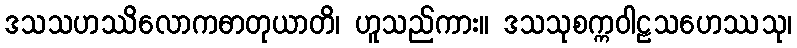
ဒသသဟဿိလောကဓာတုယာတိ၊ ဟူသည်ကား။ ဒသသုစက္ကဝါဠသဟေဿသု၊